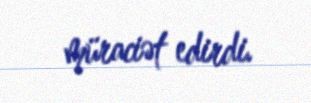
müraciət edirdi.